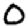
Digit: 0